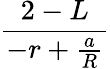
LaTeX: \frac{2-L}{-r+\frac{a}{R}}